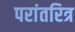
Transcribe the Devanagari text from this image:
परांतरित्र